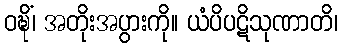
ဝဍ္ဎိံ၊ အတိုးအပွားကို။ ယံပိပဋိသုဏာတိ၊